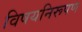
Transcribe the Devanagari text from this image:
विषयनिरूपण